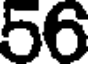
56